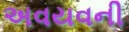
અવયવની